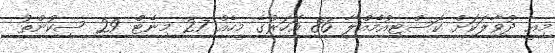
މިއީ ދުވާލަކަށް ކޮސްޓިއުމެއްލާ 86 އަހަރުގެ މީހެއް 27 މިނެޓް 29 ސިކުންތު